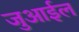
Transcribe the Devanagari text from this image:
जुआईल